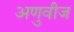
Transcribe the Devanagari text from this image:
अणुवीज